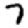
Digit: 7